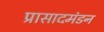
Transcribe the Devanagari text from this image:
प्रासादमंडन